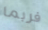
فربما